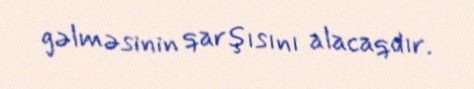
gəlməsinin qarşısını alacaqdır.